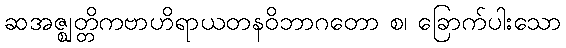
ဆအဇ္ဈတ္တိကဗာဟိရာယတနဝိဘာဂတော စ၊ ခြောက်ပါးသော